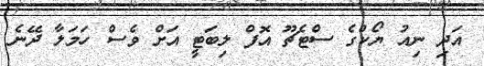
އަދި ނިއު ޔޯކްގެ ސްޓެޗޫ އޮފް ލިބަޓީ އަށް ވެސް ހަމަލާ ދޭނެ